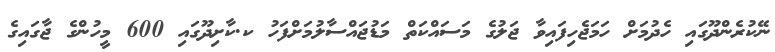
ނޭކުރެންދޫގައި ހެދުމަށް ހަމަޖެހިފައިވާ ޖަލުގެ މަސައްކަތް މަޑުޖައްސާލުމަށްފަހު ކ.ކާށިދޫގައި 600 މީހުންގެ ޖާގައިގެ